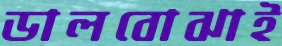
ডালবোঝাই